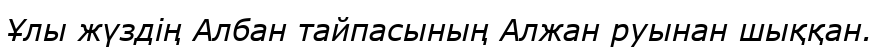
Ұлы жүздің Албан тайпасының Алжан руынан шыққан.